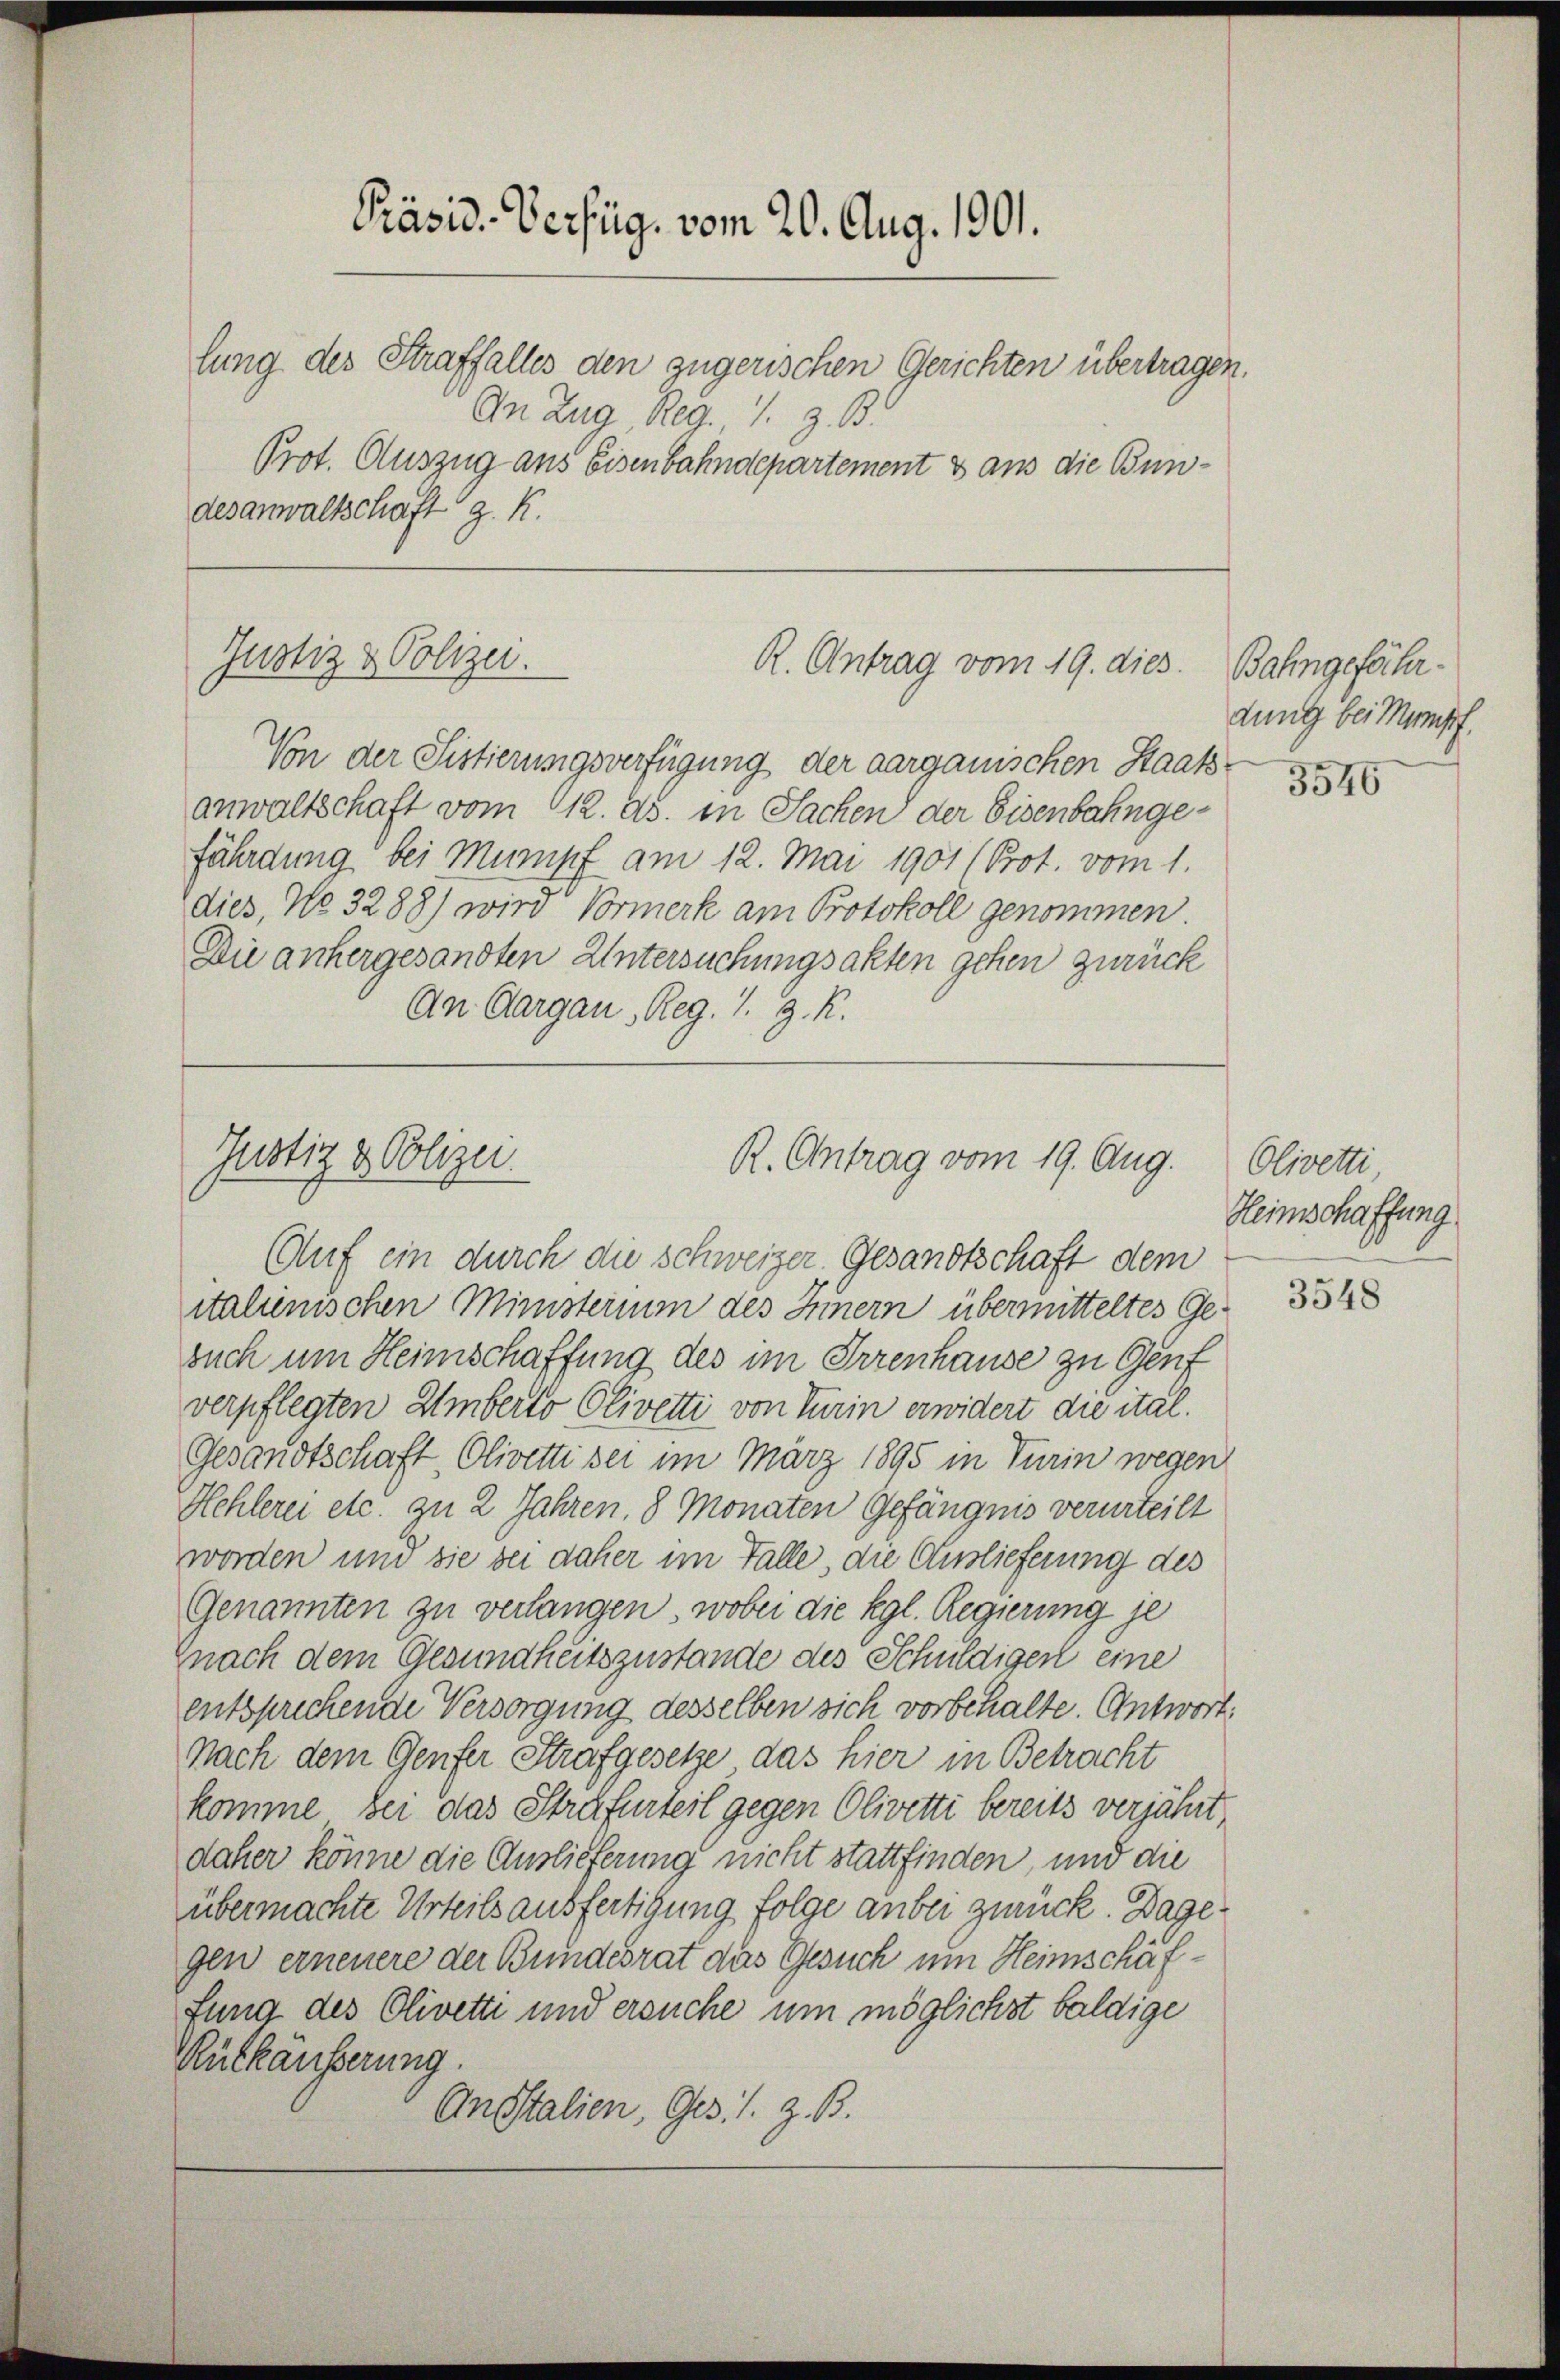
Präsid-Verfüg, vom 20. Aug. 1901.
lung des Straffalles den zugerischen Gerichten übertragen.
An Zug Reg. 1. Z. B.
Prot. Auszug aus Eisenbahndepartement & aus die Bundesanwaltschaft z. K.

Justiz & Polizei.
R. Antrag vom 19. dies
Von der Sistierungsverfügung der aargauischen Staats¬

anwaltschaft vom 112. ds. in Sachen der Eisenbahngefährdung bei Mumpf am 12. Mai 1901 (Prot. vom 1.
dies, No 3288) wird Vormerk am Protokoll genommen.
Die anhergesandten Untersuchungsakten gehen zurück
An Aargau, Reg. 1. J. R.

Justiz & Polizei.
R. Antrag vom 19. Aug.
Auf ein durch die Schweizer, Gesandtschaft dem

italienischen Ministerium des Innern übermitteltes Gesuch um Heimschaffung des im Irrenhause zu Genf
verpflegten Umberto Olivetti von Turin erwidert die ital.
Gesandtschaft, Olivetti sei im März 1895 in Turin wegen
Hehlerei etc. zu 2 Jahren, 8 Monaten Gefängnis verurteilt
worden und sie bei daher im Falle, die Auslieferung des
Genannten zu verlangen, wobei die Kgl. Regierung je
znach dem Gesundheitszustande des Schuldigen eine
entsprechende Versorgung desselben sich vorbehalte. Antwort:
Nach dem Genfer Strafgesetze das hier in Betracht
komme bei das Strafurteil gegen Olivetti bereits verjährt
daher könne die Auslieferung nicht stattfinden, und die
übermachte Urteilsausfertigung folge anbei zurück. Dage
gen erneuere der Bundesrat das Gesuch um Heimschäffung des Olivette und ersuche um möglichst baldige
Rutkäußerung.
Anstalien, Ges. S. z. B.

Bahngefähr
dung bei Mumpf.

3546

Olivetti
Heimschaffung

3548